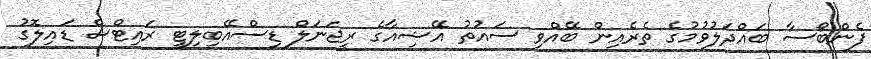
ފެންބޯސާ ބައްދަލުވުމުގެ ތެރެއިން ބޭއްވި ސައުތު އޭޝިއާގެ ރީޖަނަލް ޑިސްއޭބިލިޓީ ރައިޓްސް ޑައިލޮގު